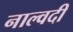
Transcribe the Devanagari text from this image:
नाल्वदी